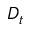
D _ { t }